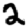
Digit: 2